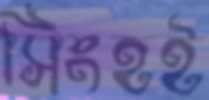
সিংহই